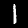
Label: 1